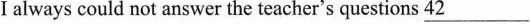
I always could not answer the teacher's questions 42___